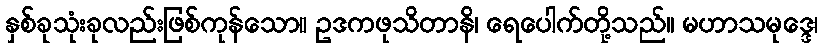
နှစ်ခုသုံးခုလည်းဖြစ်ကုန်သော။ ဥဒကဖုသိတာနိ၊ ရေပေါက်တို့သည်။ မဟာသမုဒ္ဒေ၊